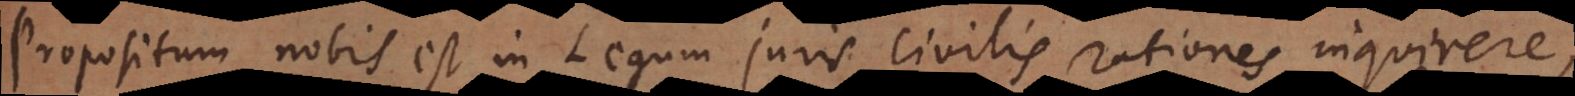
Propositum nobis est in Legum juris civilis rationes inquirere,